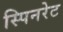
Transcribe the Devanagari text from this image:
स्पिनरेट